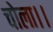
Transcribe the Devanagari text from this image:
चोला।।